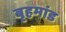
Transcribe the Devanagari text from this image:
बृहमांड